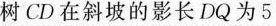
树CD在斜坡的影长DQ为5